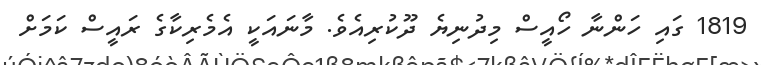
1819 ގައި ހަންނާ ހޯއީސް މިދުނިޔެ ދޫކުރިއެވެ. މާނައަކީ އެމެރިކާގެ ރައީސް ކަމަށް